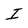
Character: I